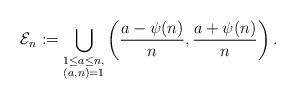
LaTeX: \begin{align*} \mathcal{E}_n := \bigcup_{\substack{1 \leq a \leq n,\\ (a,n)=1}} \left( \frac{a - \psi(n)}{n},\frac{a+\psi(n)}{n} \right).\end{align*}